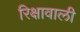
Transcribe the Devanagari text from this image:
रिक्षावाली